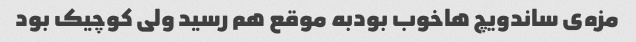
مزه‌ی ساندویچ هاخوب بودبه موقع هم رسید ولی کوچیک بود